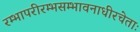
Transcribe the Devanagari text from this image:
रम्भापरीरम्भसम्भावनाधीरचेताः